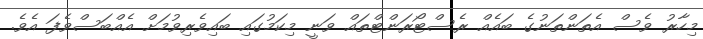
މިހާރު ވެސް އެތަންތަނުގެ ބައެއް ރެސްޓޯރަންޓްތައް ވަނީ މިކަމުގައި ބައިވެރިވުމަށް އެއްބަސްވެފަ އެވެ.